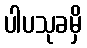
ပါပသုခမှိ